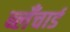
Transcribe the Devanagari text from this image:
ब्लँचार्ड